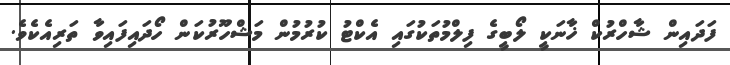
ފަދައިން ޝާހްރުކް ޚާނަކީ ލޯބީގެ ފިލްމުތަކުގައި އެކްޓު ކުރުމުން މަޝްހޫރުކަން ހޯދައިފައިވާ ތަރިއެކެވެ.